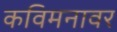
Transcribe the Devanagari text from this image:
कविमनावर